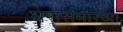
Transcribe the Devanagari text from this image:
घरासमोरच्या